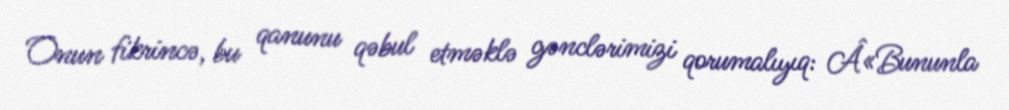
Onun fikrincə, bu qanunu qəbul etməklə gənclərimizi qorumalıyıq: Â«Bununla